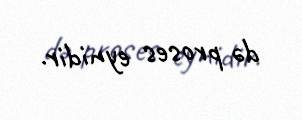
də proses eynidir.